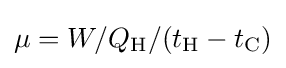
\mu =W/Q_{\mathrm {H} }/(t_{\mathrm {H} }-t_{\mathrm {C} })